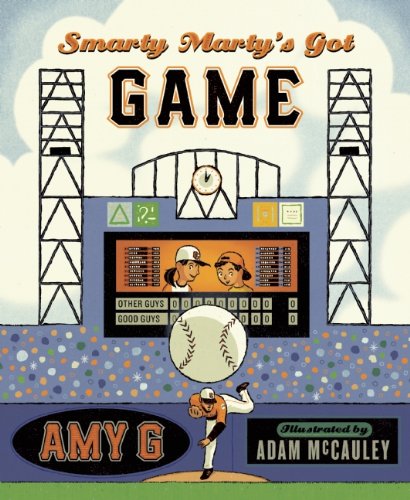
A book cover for Smarty Marty's Got Game; Amy Gutierrez; Children's Books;